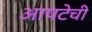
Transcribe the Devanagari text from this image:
आपटेची